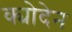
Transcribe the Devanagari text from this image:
क्योदेन